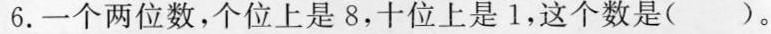
6.一个两位数，个位上是8，十位上是1，这个数是( )。